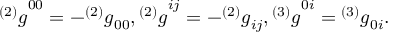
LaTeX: { ^ { ( 2 ) } g } ^ { 0 0 } = - { ^ { ( 2 ) } g } _ { 0 0 } , { ^ { ( 2 ) } g } ^ { i j } = - { ^ { ( 2 ) } g } _ { i j } , { ^ { ( 3 ) } g } ^ { 0 i } = { ^ { ( 3 ) } g } _ { 0 i } .